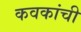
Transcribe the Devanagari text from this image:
कवकांची